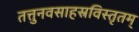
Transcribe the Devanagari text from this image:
तत्तुनवसाहस्रविस्तृतम्